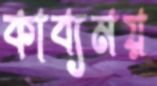
কাব্যময়